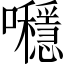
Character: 𡅯